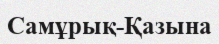
Самұрық-Қазына